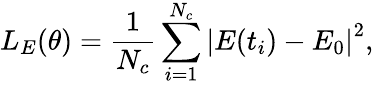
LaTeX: L_{E}(\theta)=\frac{1}{N_{c}}\sum_{i=1}^{N_{c}}\left|E(t_{i})-E_{0}\right|^{2},